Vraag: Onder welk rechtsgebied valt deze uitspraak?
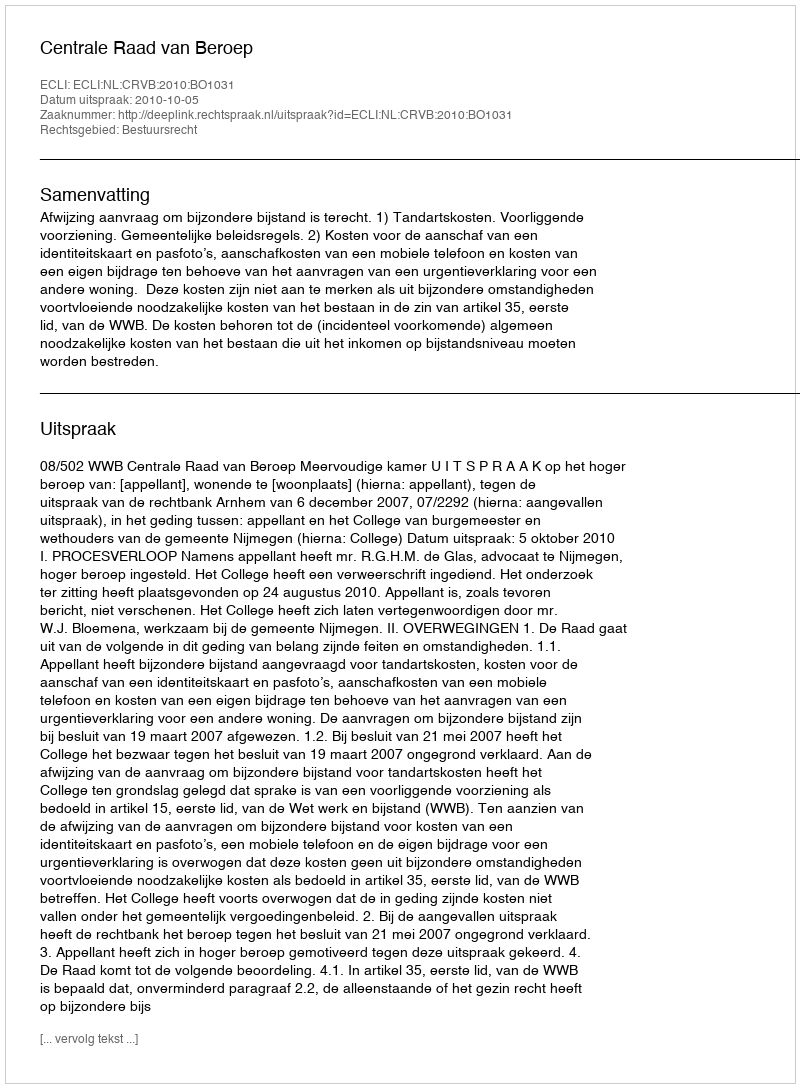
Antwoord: Bestuursrecht